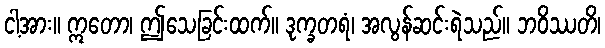
ငါ့အား။ ဣတော၊ ဤသေခြင်းထက်။ ဒုက္ခတရံ၊ အလွန်ဆင်းရဲသည်။ ဘဝိဿတိ၊